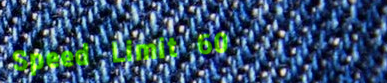
Speed Limit 60